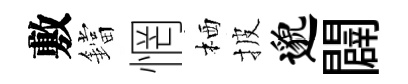
敷鐺惘栖披邈闢